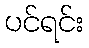
ပင်ရင်း